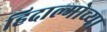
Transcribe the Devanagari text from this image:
हिदाल्गोच्या